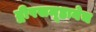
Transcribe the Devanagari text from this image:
द्वीपसमूहानेच